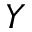
Y